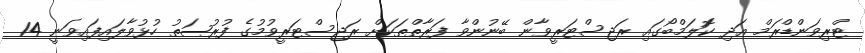
ޓްރިވަންޑްރަމް އަދި ކޮަލަމްބޯގައި ރަޖިސްޓަރީވާން ބޭނުންވާ ފަރާތްތަކަށް ރަޖިސްޓަރީވުމުގެ ފުރުޞަތު ހުޅުވާލައިފައިވަނީ 14